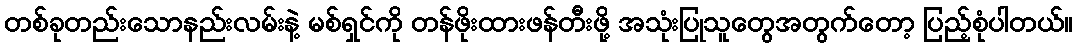
တစ်ခုတည်းသောနည်းလမ်းနဲ့ မစ်ရှင်ကို တန်ဖိုးထားဖန်တီးဖို့ အသုံးပြုသူတွေအတွက်တော့ ပြည့်စုံပါတယ်။